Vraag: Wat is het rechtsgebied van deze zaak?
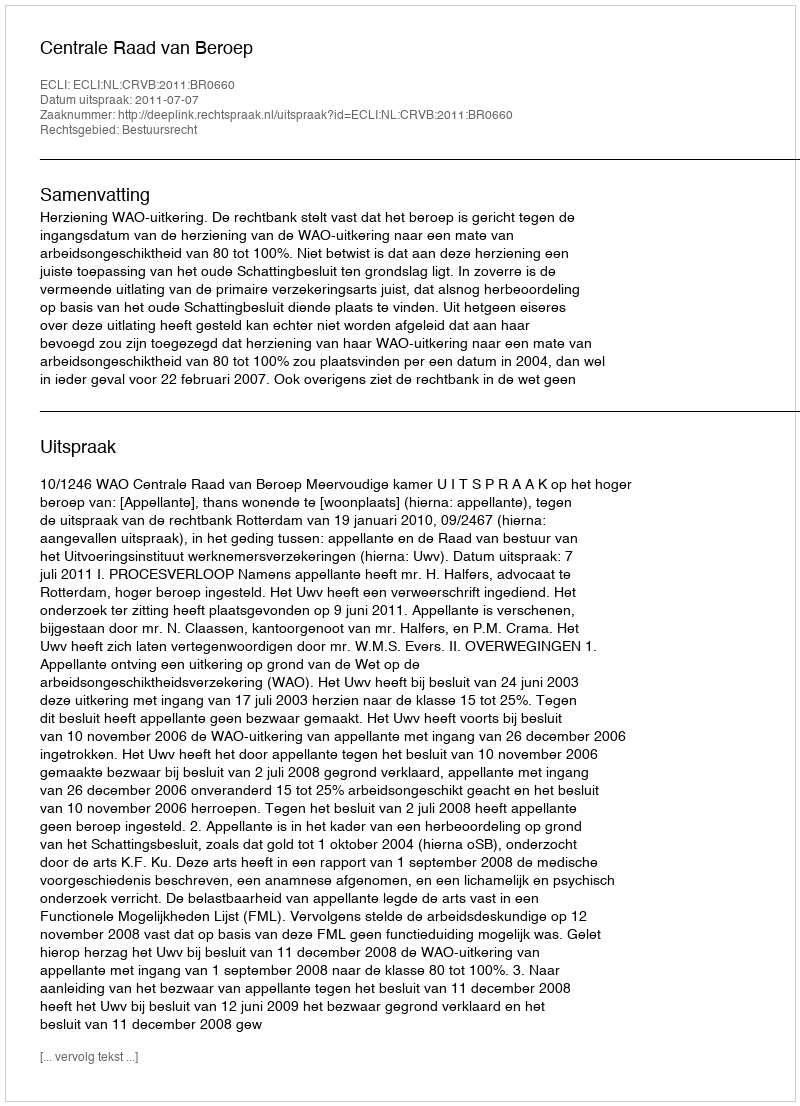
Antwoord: Bestuursrecht